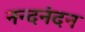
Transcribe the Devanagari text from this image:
नन्दनंदन